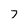
Character: 7